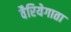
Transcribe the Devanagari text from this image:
वैरियेगाता